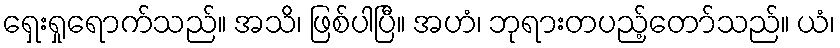
ရှေးရှုရောက်သည်။ အသိ၊ ဖြစ်ပါပြီ။ အဟံ၊ ဘုရားတပည့်တော်သည်။ ယံ၊